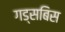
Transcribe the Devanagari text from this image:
गड्सबिस